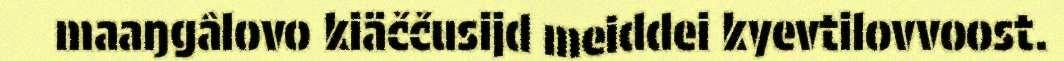
maaŋgâlovo kiäččusijd meiddei kyevtilovvoost.